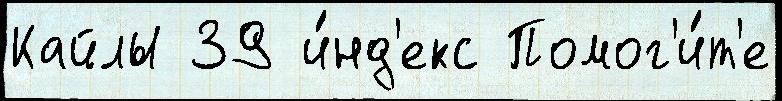
Кайлы 39 и́нд'екс Помог'и́т'е